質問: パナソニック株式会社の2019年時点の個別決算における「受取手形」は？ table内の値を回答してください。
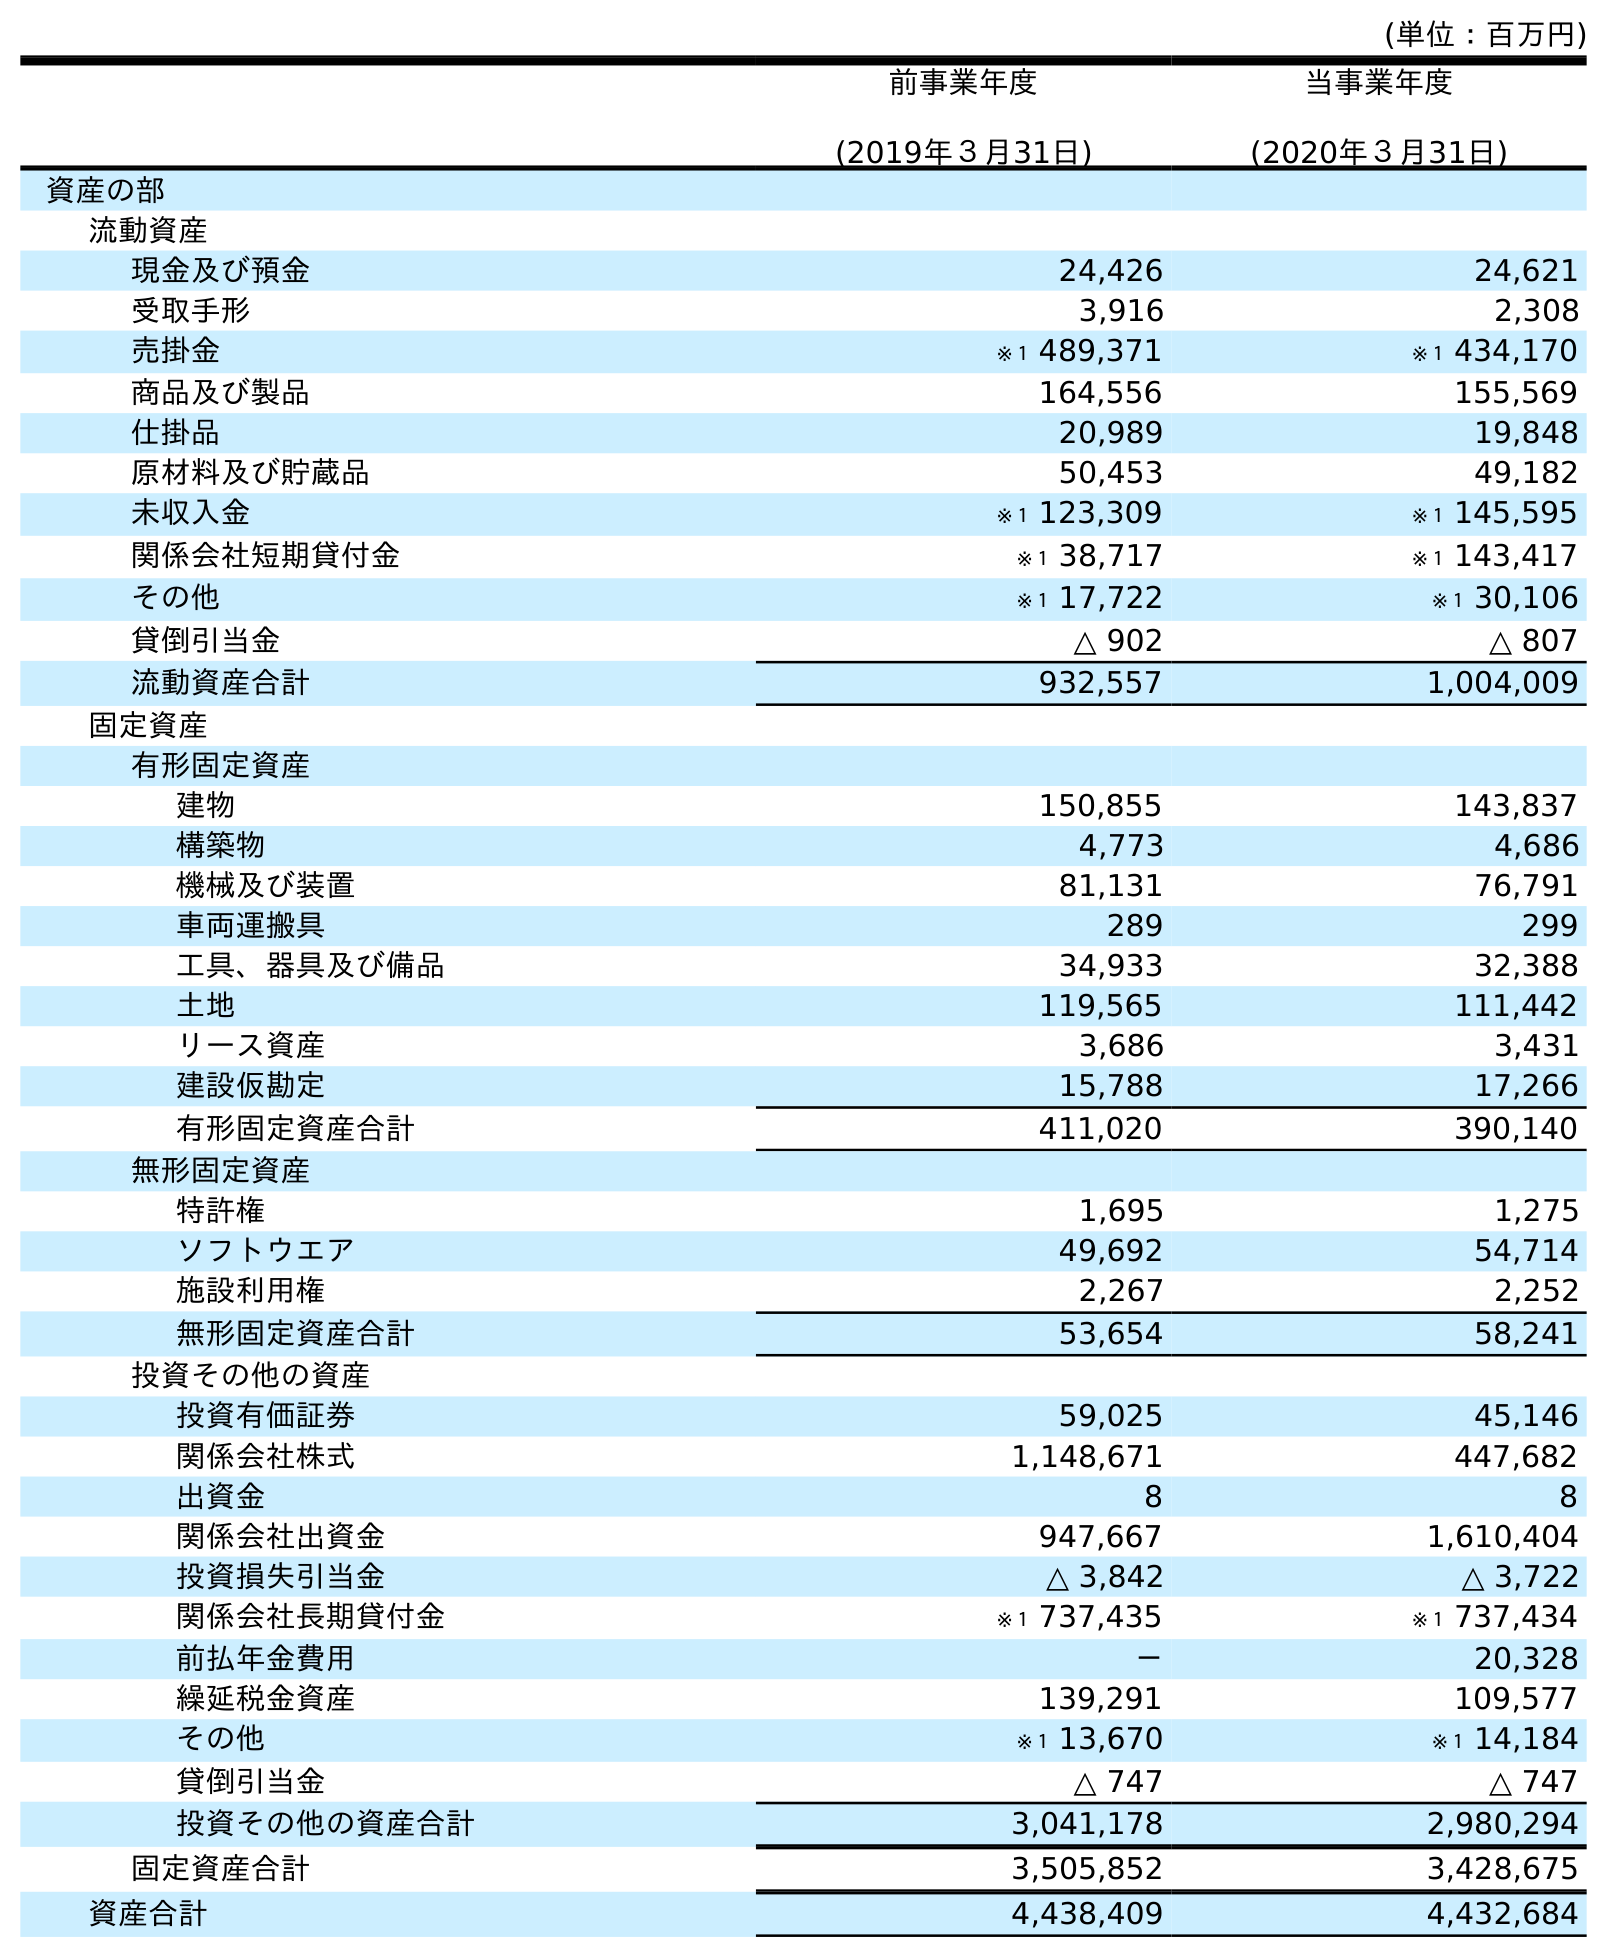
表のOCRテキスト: (単位：百万円) 前事業年度 (2019年３月31日) 当事業年度 (2020年３月31日) 資産の部 流動資産 現金及び預金 24,426 24,621 受取手形 3,916 2,308 売掛金 ※１ 489,371 ※１ 434,170 商品及び製品 164,556 155,569 仕掛品 20,989 19,848 原材料及び貯蔵品 50,453 49,182 未収入金 ※１ 123,309 ※１ 145,595 関係会社短期貸付金 ※１ 38,717 ※１ 143,417 その他 ※１ 17,722 ※１ 30,106 貸倒引当金 △ 902 △ 807 流動資産合計 932,557 1,004,009 固定資産 有形固定資産 建物 150,855 143,837 構築物 4,773 4,686 機械及び装置 81,131 76,791 車両運搬具 289 299 工具、器具及び備品 34,933 32,388 土地 119,565 111,442 リース資産 3,686 3,431 建設仮勘定 15,788 17,266 有形固定資産合計 411,020 390,140 無形固定資産 特許権 1,695 1,275 ソフトウエア 49,692 54,714 施設利用権 2,267 2,252 無形固定資産合計 53,654 58,241 投資その他の資産 投資有価証券 59,025 45,146 関係会社株式 1,148,671 447,682 出資金 8 8 関係会社出資金 947,667 1,610,404 投資損失引当金 △ 3,842 △ 3,722 関係会社長期貸付金 ※１ 737,435 ※１ 737,434 前払年金費用 － 20,328 繰延税金資産 139,291 109,577 その他 ※１ 13,670 ※１ 14,184 貸倒引当金 △ 747 △ 747 投資その他の資産合計 3,041,178 2,980,294 固定資産合計 3,505,852 3,428,675 資産合計 4,438,409 4,432,684
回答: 3,916